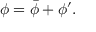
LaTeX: \phi = { \bar { \phi } } + \phi ^ { \prime } .